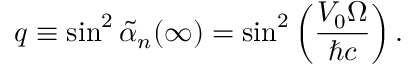
q \equiv \sin ^ { 2 } \widetilde { \alpha } _ { n } ( \infty ) = \sin ^ { 2 } \left( \frac { V _ { 0 } \Omega } { \hbar c } \right) .